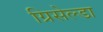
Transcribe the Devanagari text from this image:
ग्रिसेल्डा